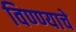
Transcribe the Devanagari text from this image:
विण्ण्याचे